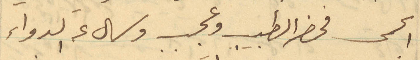
الحمى فحضر الطبيب وعجب وسال عن الدواء